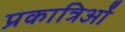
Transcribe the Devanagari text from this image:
प्रकात्रिओं